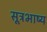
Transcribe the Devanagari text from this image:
सूत्रभाष्य